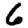
Digit: 6